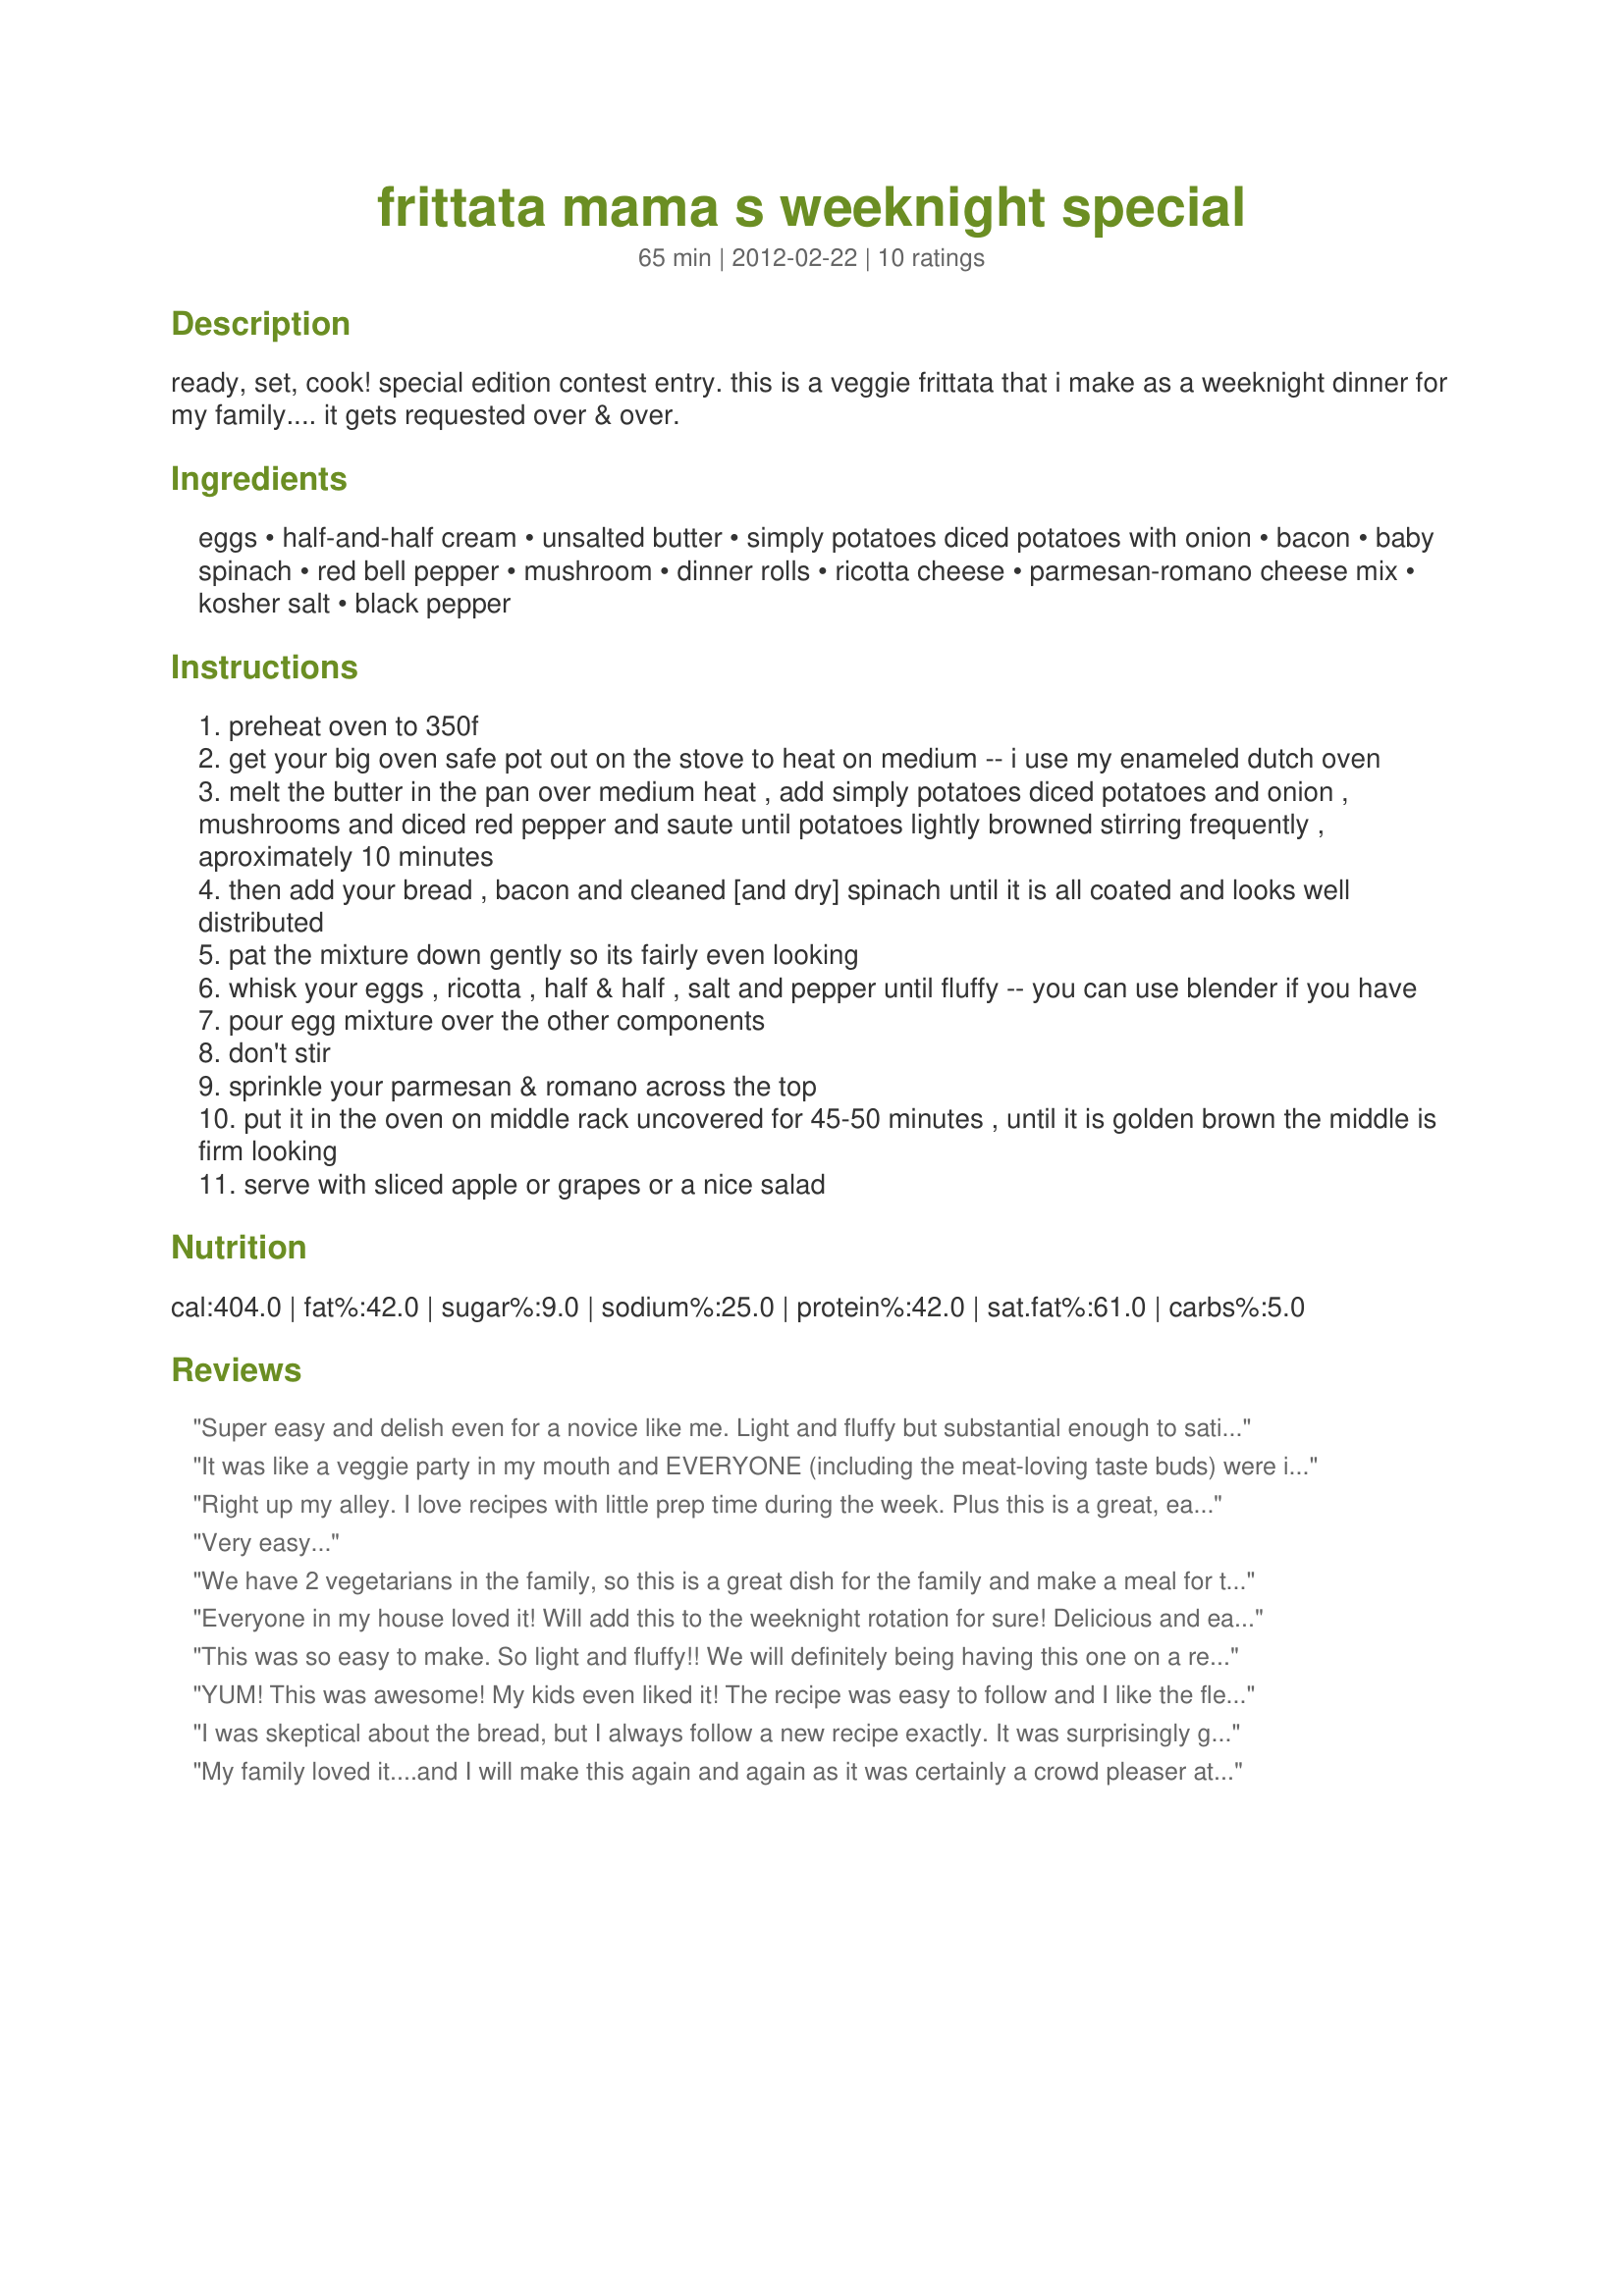
frittata mama s weeknight special
Preparation time: 65 minutes

ready, set, cook! special edition contest entry. this is a veggie frittata that i make as a weeknight dinner for my family.... it gets requested over & over.

Ingredients:
eggs, half-and-half cream, unsalted butter, simply potatoes diced potatoes with onion, bacon, baby spinach, red bell pepper, mushroom, dinner rolls, ricotta cheese, parmesan-romano cheese mix, kosher salt, black pepper

Steps:
preheat oven to 350f
get your big oven safe pot out on the stove to heat on medium -- i use my enameled dutch oven
melt the butter in the pan over medium heat , add simply potatoes diced potatoes and onion , mushrooms and diced red pepper and saute until potatoes lightly browned stirring frequently , aproximately 10 minutes
then add your bread , bacon and cleaned [and dry] spinach until it is all coated and looks well distributed
pat the mixture down gently so its fairly even looking
whisk your eggs , ricotta , half & half , salt and pepper until fluffy -- you can use blender if you have
pour egg mixture over the other components
don't stir
sprinkle your parmesan & romano across the top
put it in the oven on middle rack uncovered for 45-50 minutes , until it is golden brown the middle is firm looking
serve with sliced apple or grapes or a nice salad

Reviews:
Super easy and delish even for a novice like me. Light and fluffy but substantial enough to satisfy. YUM.
It was like a veggie party in my mouth and EVERYONE (including the meat-loving taste buds) were invited!
Right up my alley. I love recipes with little prep time during the week. Plus this is a great, easy way to feed a family of five!
Very easy...
We have 2 vegetarians in the family, so this is a great dish for the family and make a meal for the vegetarians. Thank you for the great recipe. Loved it!
Everyone in my house loved it! Will add this to the weeknight rotation for sure! Delicious and easy! %uD83D%uDE03
This was so easy to make. So light and fluffy!! We will definitely being having this one on a regular rotation!
YUM! This was awesome! My kids even liked it! The recipe was easy to follow and I like the flexability you have with it!
I was skeptical about the bread, but I always follow a new recipe exactly. It was surprisingly good. The layering of the ingredients added a new dimension I wasn't expecting. Excellent! This will be added to the recipe box.
My family loved it....and I will make this again and again as it was certainly a crowd pleaser at my house!!!
